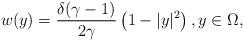
LaTeX: \begin{align*} w( y) = \frac{\delta(\gamma-1)}{2\gamma}\left(1-| y|^2\right), y\in \Omega,\end{align*}